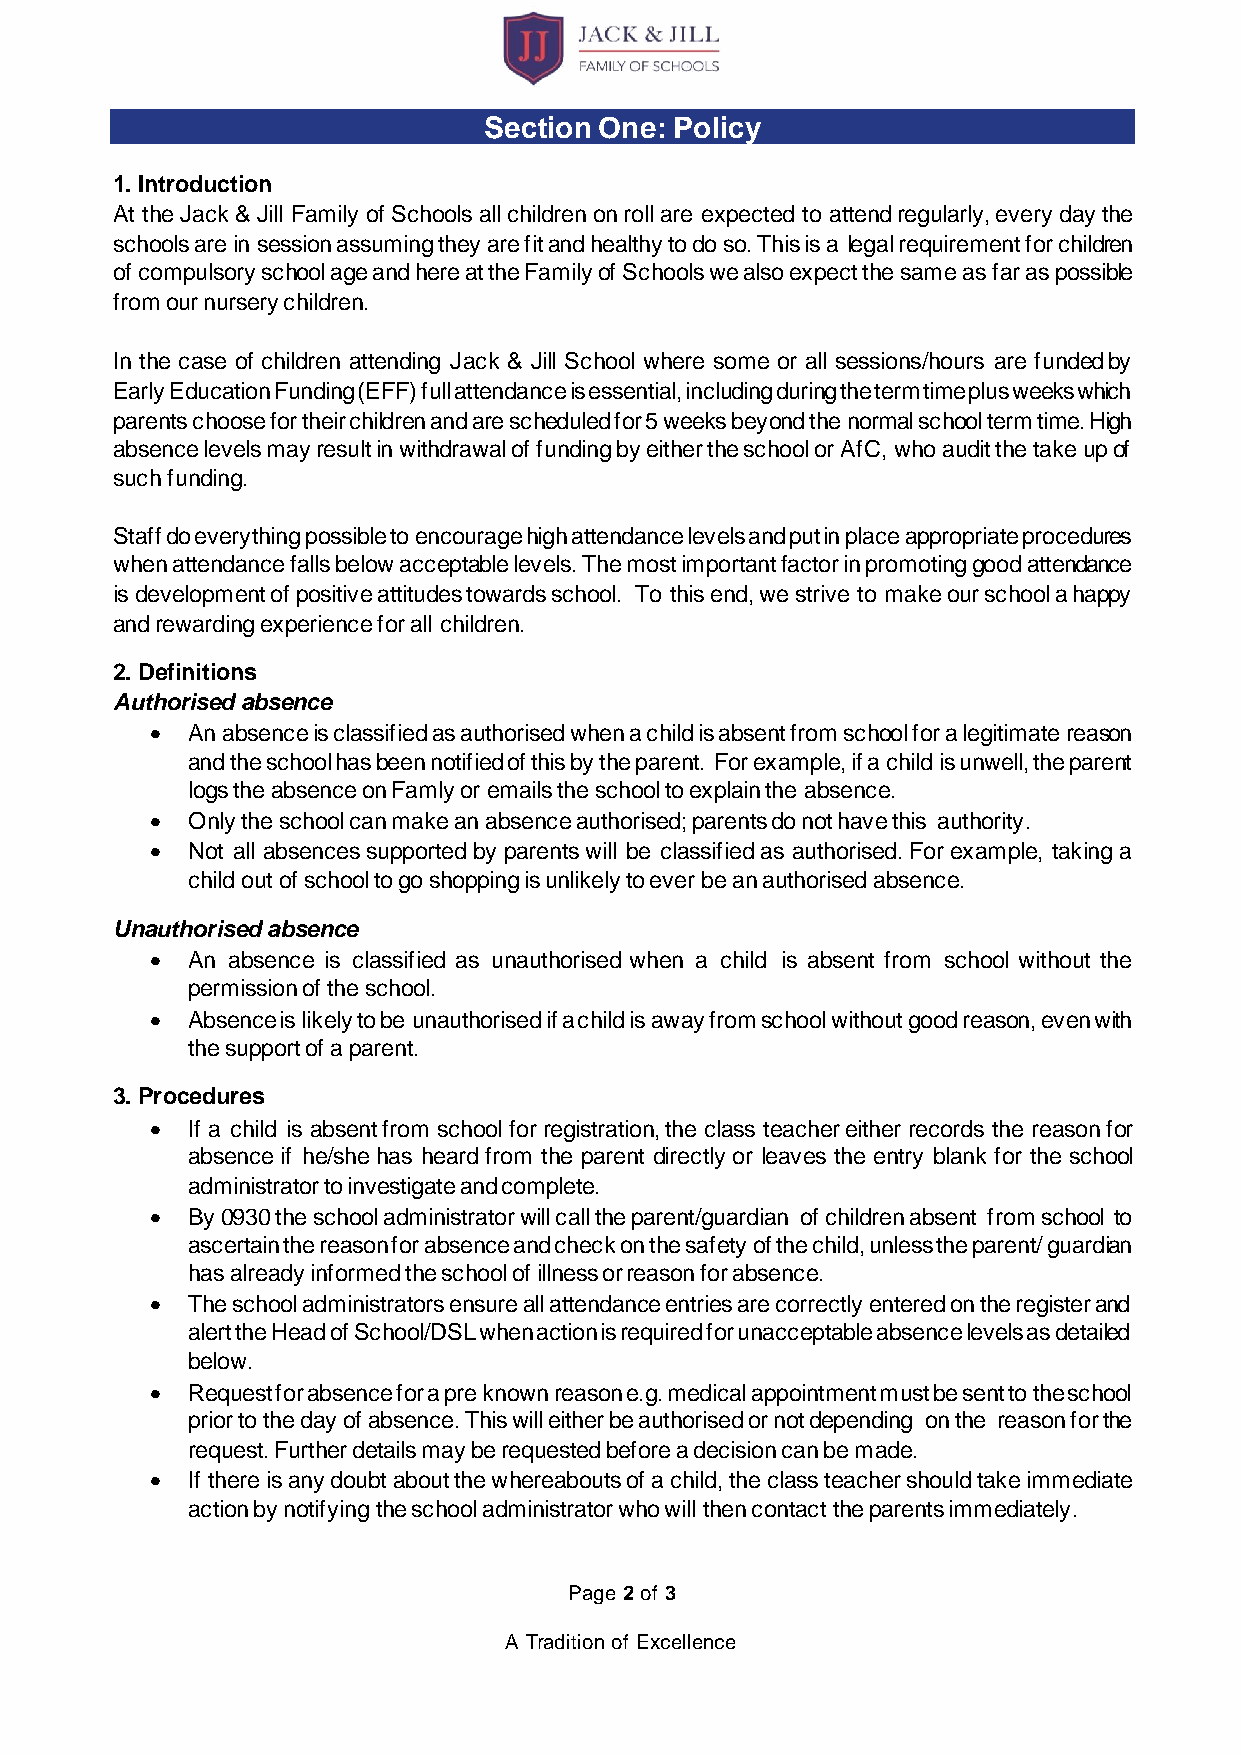
Section One: Policy
 1. Introduction
 At the Jack & Jill Family of Schools all children on roll are expected to attend regularly, every day the
 schools are in session assuming they are fit and healthy to do so. This is a legal requirement for children
 of compulsory school age and here at the Family of Schools we also expect the same as far as possible
 from our nursery children.
 In the case of children attending Jack & Jill School where some or all sessions/hours are funded by
 Early Education Funding (EFF) full attendance is essential, including during the term time plus weeks which
 parents choose for their children and are scheduled for 5 weeks beyond the normal school term time. High
 absence levels may result in withdrawal of funding by either the school or AfC, who audit the take up of
 such funding.
 Staff do everything possible to encourage high attendance levels and put in place appropriate procedures
 when attendance falls below acceptable levels. The most important factor in promoting good attendance
 is development of positive attitudes towards school. To this end, we strive to make our school a happy
 and rewarding experience for all children.
 2. Definitions
 Authorised absence
 • An absence is classified as authorised when a child is absent from school for a legitimate reason
 and the school has been notified of this by the parent. For example, if a child is unwell, the parent
 logs the absence on Famly or emails the school to explain the absence.
 • Only the school can make an absence authorised; parents do not have this authority.
 • Not all absences supported by parents will be classified as authorised. For example, taking a
 child out of school to go shopping is unlikely to ever be an authorised absence.
 Unauthorised absence
 • An absence is classified as unauthorised when a child is absent from school without the
 permission of the school.
 • Absence is likely to be unauthorised if a child is away from school without good reason, even with
 the support of a parent.
 3. Procedures
 • If a child is absent from school for registration, the class teacher either records the reason for
 absence if he/she has heard from the parent directly or leaves the entry blank for the school
 administrator to investigate and complete.
 • By 0930 the school administrator will call the parent/guardian of children absent from school to
 ascertain the reason for absence and check on the safety of the child, unless the parent/ guardian
 has already informed the school of illness or reason for absence.
 • The school administrators ensure all attendance entries are correctly entered on the register and
 alert the Head of School/DSL when action is required for unacceptable absence levels as detailed
 below.
 • Request for absence for a pre known reason e.g. medical appointment must be sent to the school
 prior to the day of absence. This will either be authorised or not depending on the reason for the
 request. Further details may be requested before a decision can be made.
 • If there is any doubt about the whereabouts of a child, the class teacher should take immediate
 action by notifying the school administrator who will then contact the parents immediately.
 Page 2 of 3
 A Tradition of Excellence